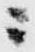
ニ